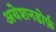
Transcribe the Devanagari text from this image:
अयेशनडोर्फ़